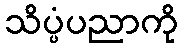
သိပ္ပံပညာကို